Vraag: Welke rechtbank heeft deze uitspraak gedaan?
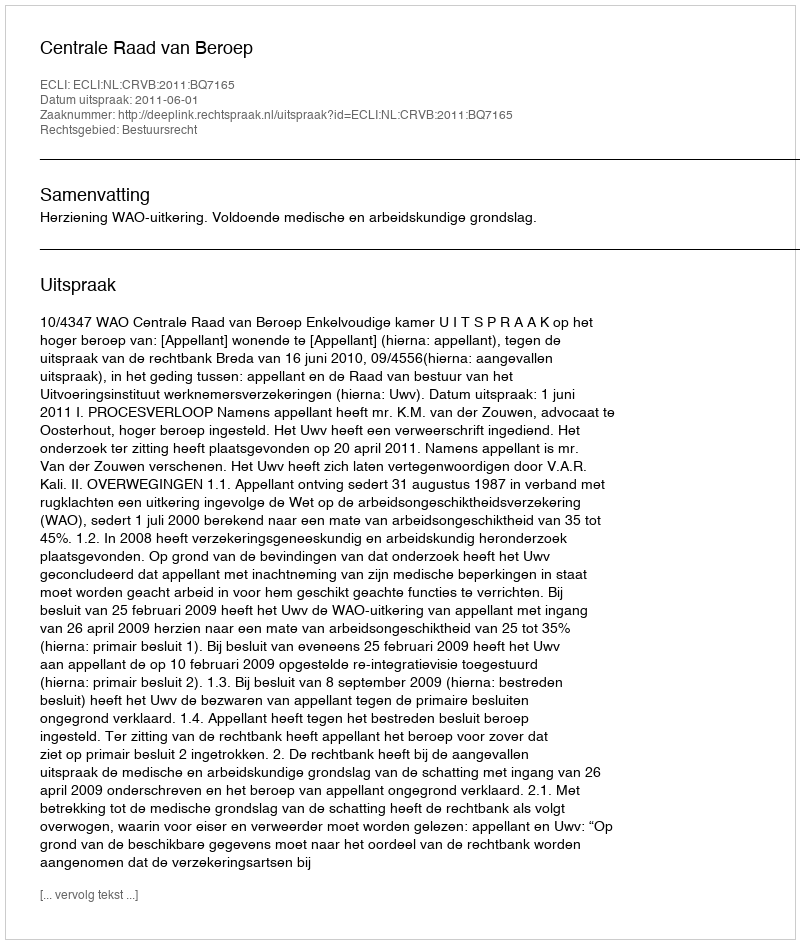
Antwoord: Centrale Raad van Beroep